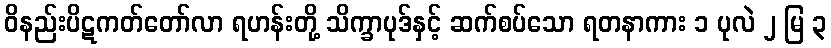
ဝိနည်းပိဋကတ်တော်လာ ရဟန်းတို့ သိက္ခာပုဒ်နှင့် ဆက်စပ်သော ရတနာကား ၁ ပုလဲ ၂ မြ ၃